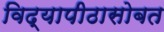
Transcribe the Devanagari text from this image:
विद्यापीठासोबत